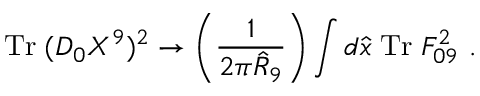
\mathrm { T r } \; ( D _ { 0 } X ^ { 9 } ) ^ { 2 } \rightarrow \left( \frac { 1 } { 2 \pi \hat { R } _ { 9 } } \right) \int d \hat { x } \; \mathrm { T r } \; F _ { 0 9 } ^ { 2 } \ .